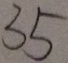
3 5